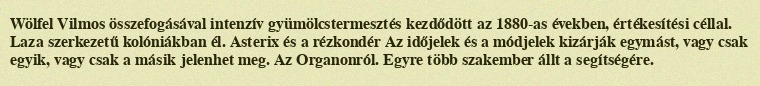
Wölfel Vilmos összefogásával intenzív gyümölcstermesztés kezdődött az 1880-as években, értékesítési céllal. Laza szerkezetű kolóniákban él. Asterix és a rézkondér Az időjelek és a módjelek kizárják egymást, vagy csak egyik, vagy csak a másik jelenhet meg. Az Organonról. Egyre több szakember állt a segítségére.